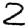
Digit: 2